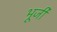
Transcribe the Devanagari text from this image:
भूर्जी